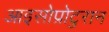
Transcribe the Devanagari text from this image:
आइसोप्रोटुरान